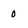
Character: 0